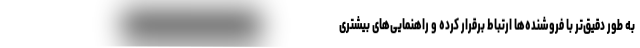
به طور دقیق‌تر با فروشنده‌ها ارتباط برقرار کرده و راهنمایی‌های بیشتری